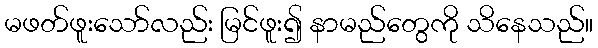
မဖတ်ဖူးသော်လည်း မြင်ဖူး၍ နာမည်တွေကို သိနေသည်။